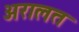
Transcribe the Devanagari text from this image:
अरालत